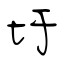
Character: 圩